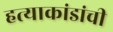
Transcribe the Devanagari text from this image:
हत्याकांडांची